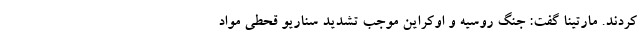
کردند. مارتینا گفت: جنگ روسیه و اوکراین موجب تشدید سناریو قحطی مواد